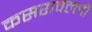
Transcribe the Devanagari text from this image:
कसरावल्ली